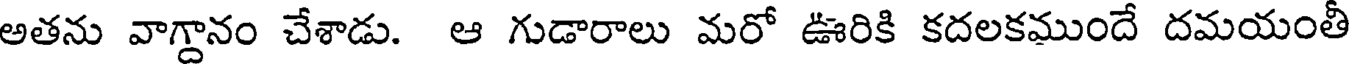
అతను వాగ్దానం చేశాడు. ఆ గుడారాలు మరో ఊరికి కదలకముందే దమయంతీ